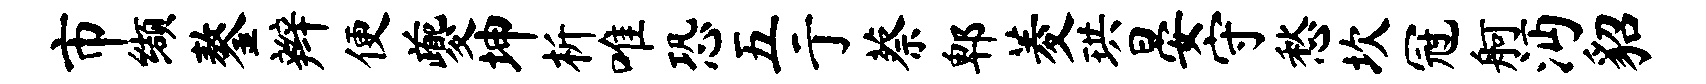
市缬鏊辫便夔坤析唯恐五亍蔡郫菱珙晏守愁坎冠舸沔貂